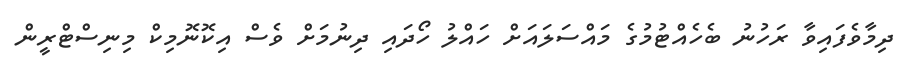
ދިމާވެފައިވާ ރަހުނު ބެހެއްޓުމުގެ މައްސަލައަށް ހައްލު ހޯދައި ދިނުމަށް ވެސް އިކޮނޮމިކް މިނިސްޓްރީން